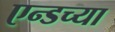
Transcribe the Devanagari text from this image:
एन्डच्या